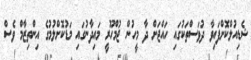
ޝެޑިއުލްކޮށްފައިވާ ދުވަސްތަކުގައި ހައްޖަށް ދާ މީހުން ޖުމްހޫރީ މައިދާނުގައި މަޑުކޮށްލުމުގެ އިންތިޒާމް ވެސް